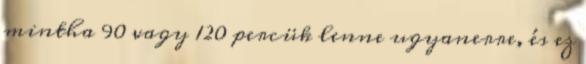
mintha 90 vagy 120 percük lenne ugyanerre, és ez